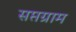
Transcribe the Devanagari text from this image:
सप्तग्राम